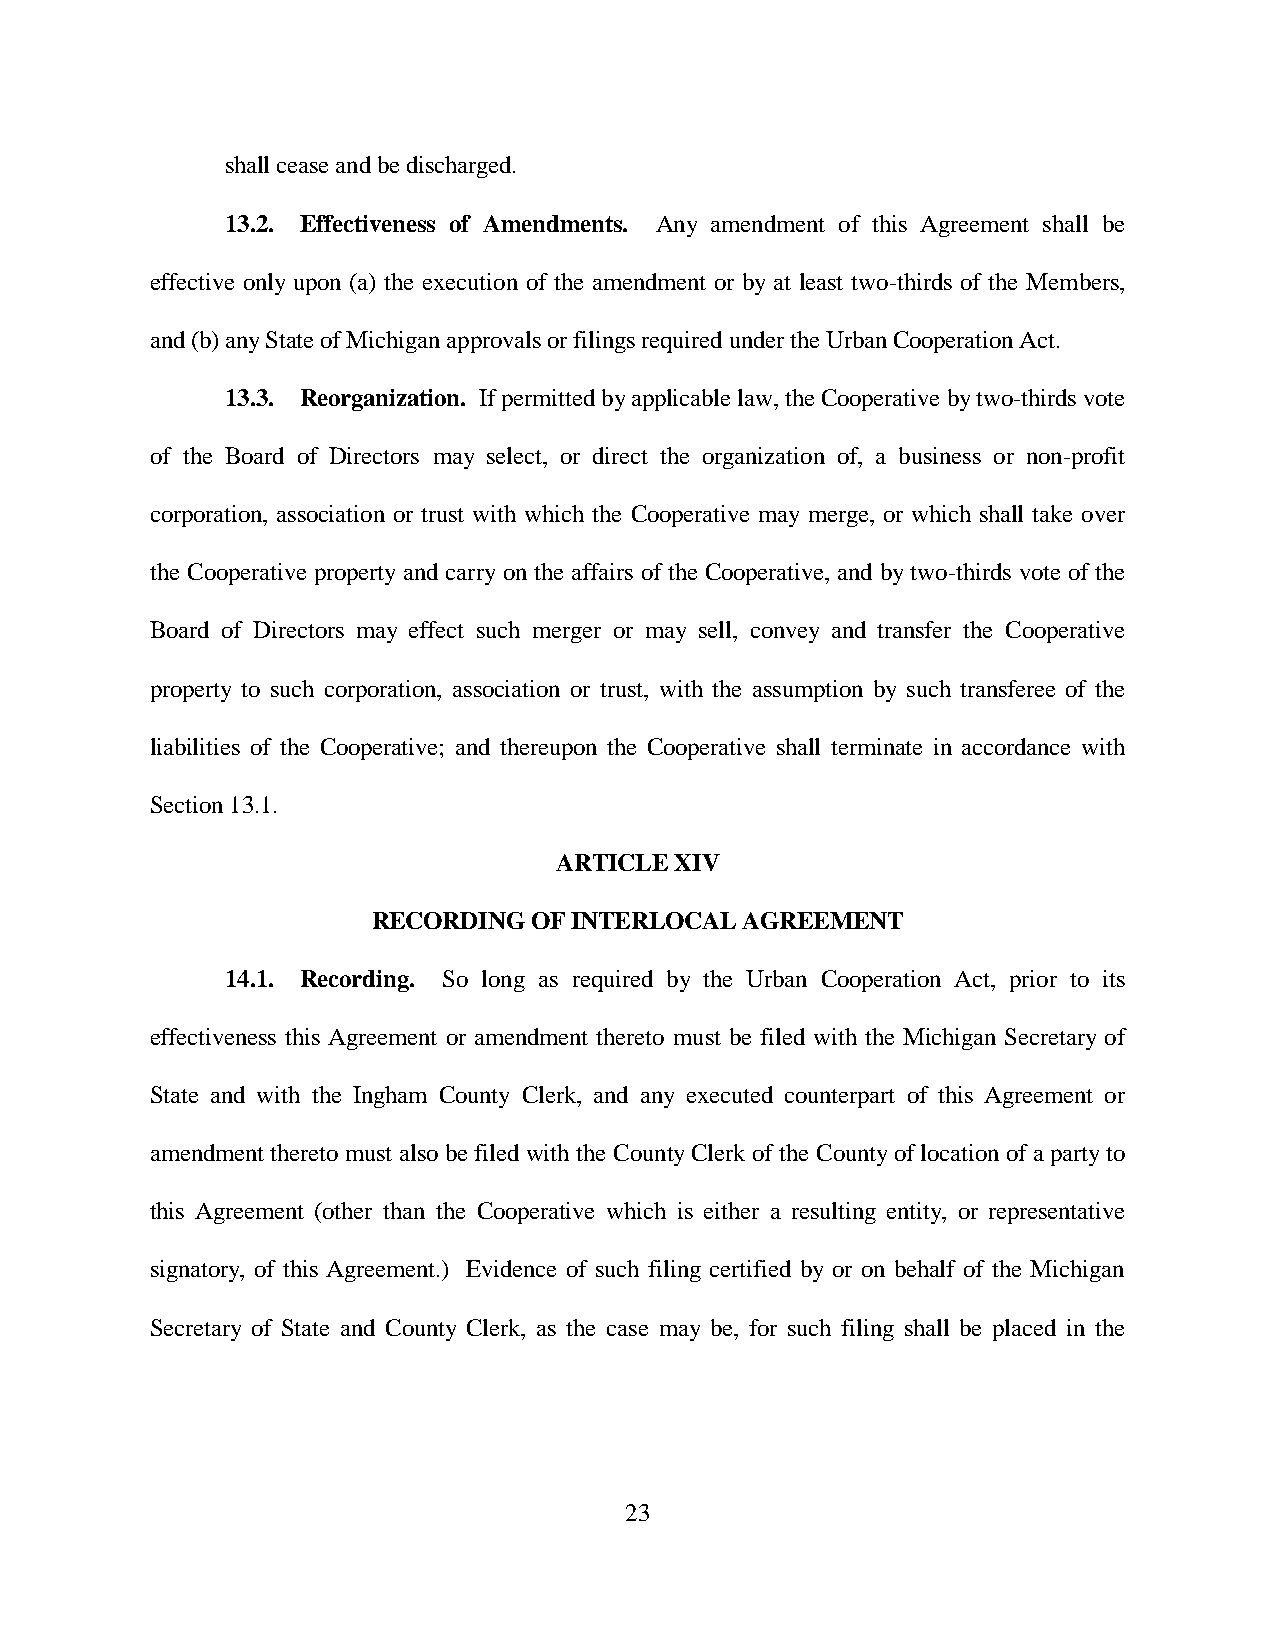
shall cease and be discharged.
 13.2. Effectiveness of Amendments. Any amendment of this Agreement shall be
 effective only upon (a) the execution of the amendment or by at least two-thirds of the Members,
 and (b) any State of Michigan approvals or filings required under the Urban Cooperation Act.
 13.3. Reorganization. If permitted by applicable law, the Cooperative by two-thirds vote
 of the Board of Directors may select, or direct the organization of, a business or non-profit
 corporation, association or trust with which the Cooperative may merge, or which shall take over
 the Cooperative property and carry on the affairs of the Cooperative, and by two-thirds vote of the
 Board of Directors may effect such merger or may sell, convey and transfer the Cooperative
 property to such corporation, association or trust, with the assumption by such transferee of the
 liabilities of the Cooperative; and thereupon the Cooperative shall terminate in accordance with
 Section 13.1.
 ARTICLE XIV
 RECORDING OF INTERLOCAL AGREEMENT
 14.1. Recording. So long as required by the Urban Cooperation Act, prior to its
 effectiveness this Agreement or amendment thereto must be filed with the Michigan Secretary of
 State and with the Ingham County Clerk, and any executed counterpart of this Agreement or
 amendment thereto must also be filed with the County Clerk of the County of location of a party to
 this Agreement (other than the Cooperative which is either a resulting entity, or representative
 signatory, of this Agreement.) Evidence of such filing certified by or on behalf of the Michigan
 Secretary of State and County Clerk, as the case may be, for such filing shall be placed in the
 23